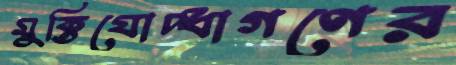
মুক্তিযোদ্ধাগণের